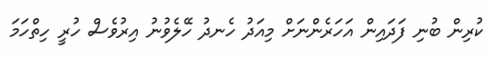
ކުރިން ބުނި ފަދައިން އަހަރެންނަށް މިއަދު ހެނދު ހޭލެވުނު އިރުވެސް ހުރީ ހިތްހަމަ